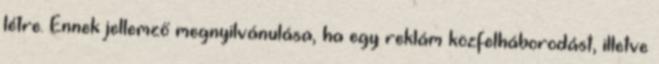
létre. Ennek jellemző megnyilvánulása, ha egy reklám közfelháborodást, illetve